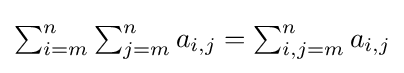
{\textstyle \sum _{i=m}^{n}\sum _{j=m}^{n}a_{i,j}=\sum _{i,j=m}^{n}a_{i,j}}